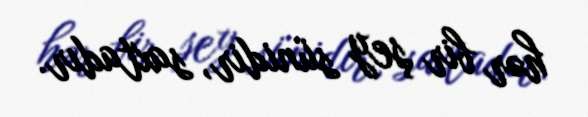
hər bir şey sünidir, saxtadır.